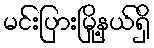
မင်းပြားမြို့နယ်ရှိ